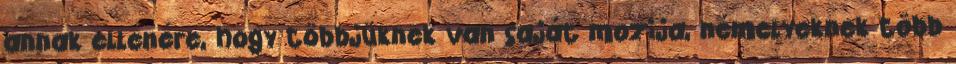
annak ellenére, hogy többjüknek van saját mozija, némelyeknek több